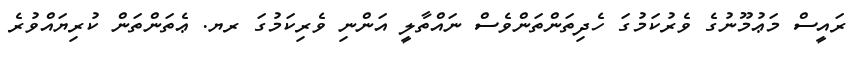
ރައީސް މަޢުމޫނުގެ ވެރުކަމުގަ ހެދިތަންތަންވެސް ނައްތާލީ އަންނި ވެރިކަމުގަ ރޔ. ޢެތަންތަން ކުރިޔައްވުރެ